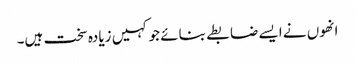
انھوں نے ایسے ضابطے بنائے جو کہیں زیادہ سخت ہیں۔